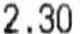
2.30